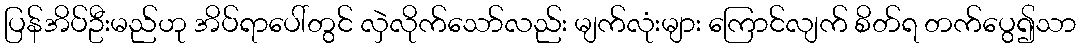
ပြန်အိပ်ဦးမည်ဟု အိပ်ရာပေါ်တွင် လှဲလိုက်သော်လည်း မျက်လုံးများ ကြောင်လျက် စိတ်ရ တက်ပွေ၍သာ